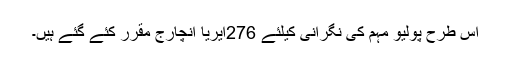
اس طرح پولیو مہم کی نگرانی کیلئے 276ایریا انچارج مقرر کئے گئے ہیں۔